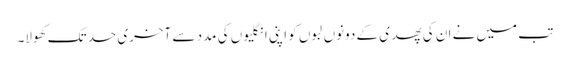
تب میں نے ان کی پھدی کے دونوں لبوں کو اپنی انگلیوں کی مدد سے آخری حد تک کھولا۔